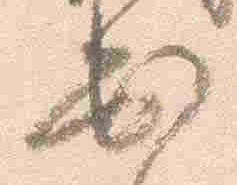
出